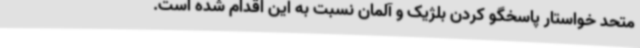
متحد خواستار پاسخگو کردن بلژیک و آلمان نسبت به این اقدام شده است.